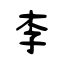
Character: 李